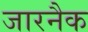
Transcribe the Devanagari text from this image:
जारनैक